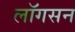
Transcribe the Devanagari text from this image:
लॉगसन